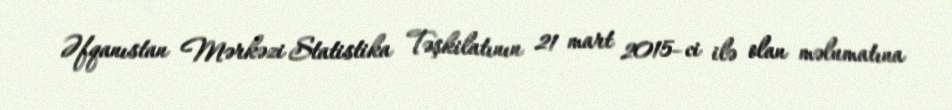
Əfqanıstan Mərkəzi Statistika Təşkilatının 21 mart 2015–ci ilə olan məlumatına